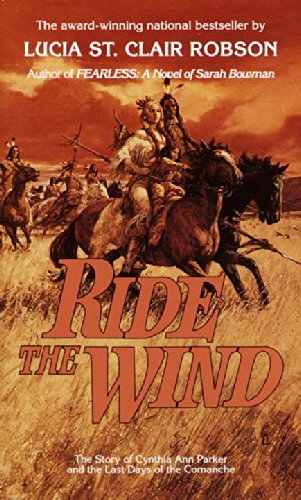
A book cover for Ride the Wind; Lucia St Clair Robson; Romance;